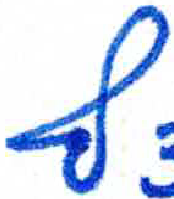
אות: ץ